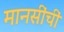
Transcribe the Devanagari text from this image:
मानसींचीं